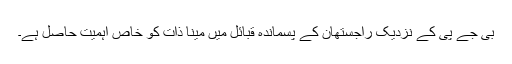
بی جے پی کے نزدیک راجستھان کے پسماندہ قبائل میں مینا ذات کو خاص اہمیت حاصل ہے۔